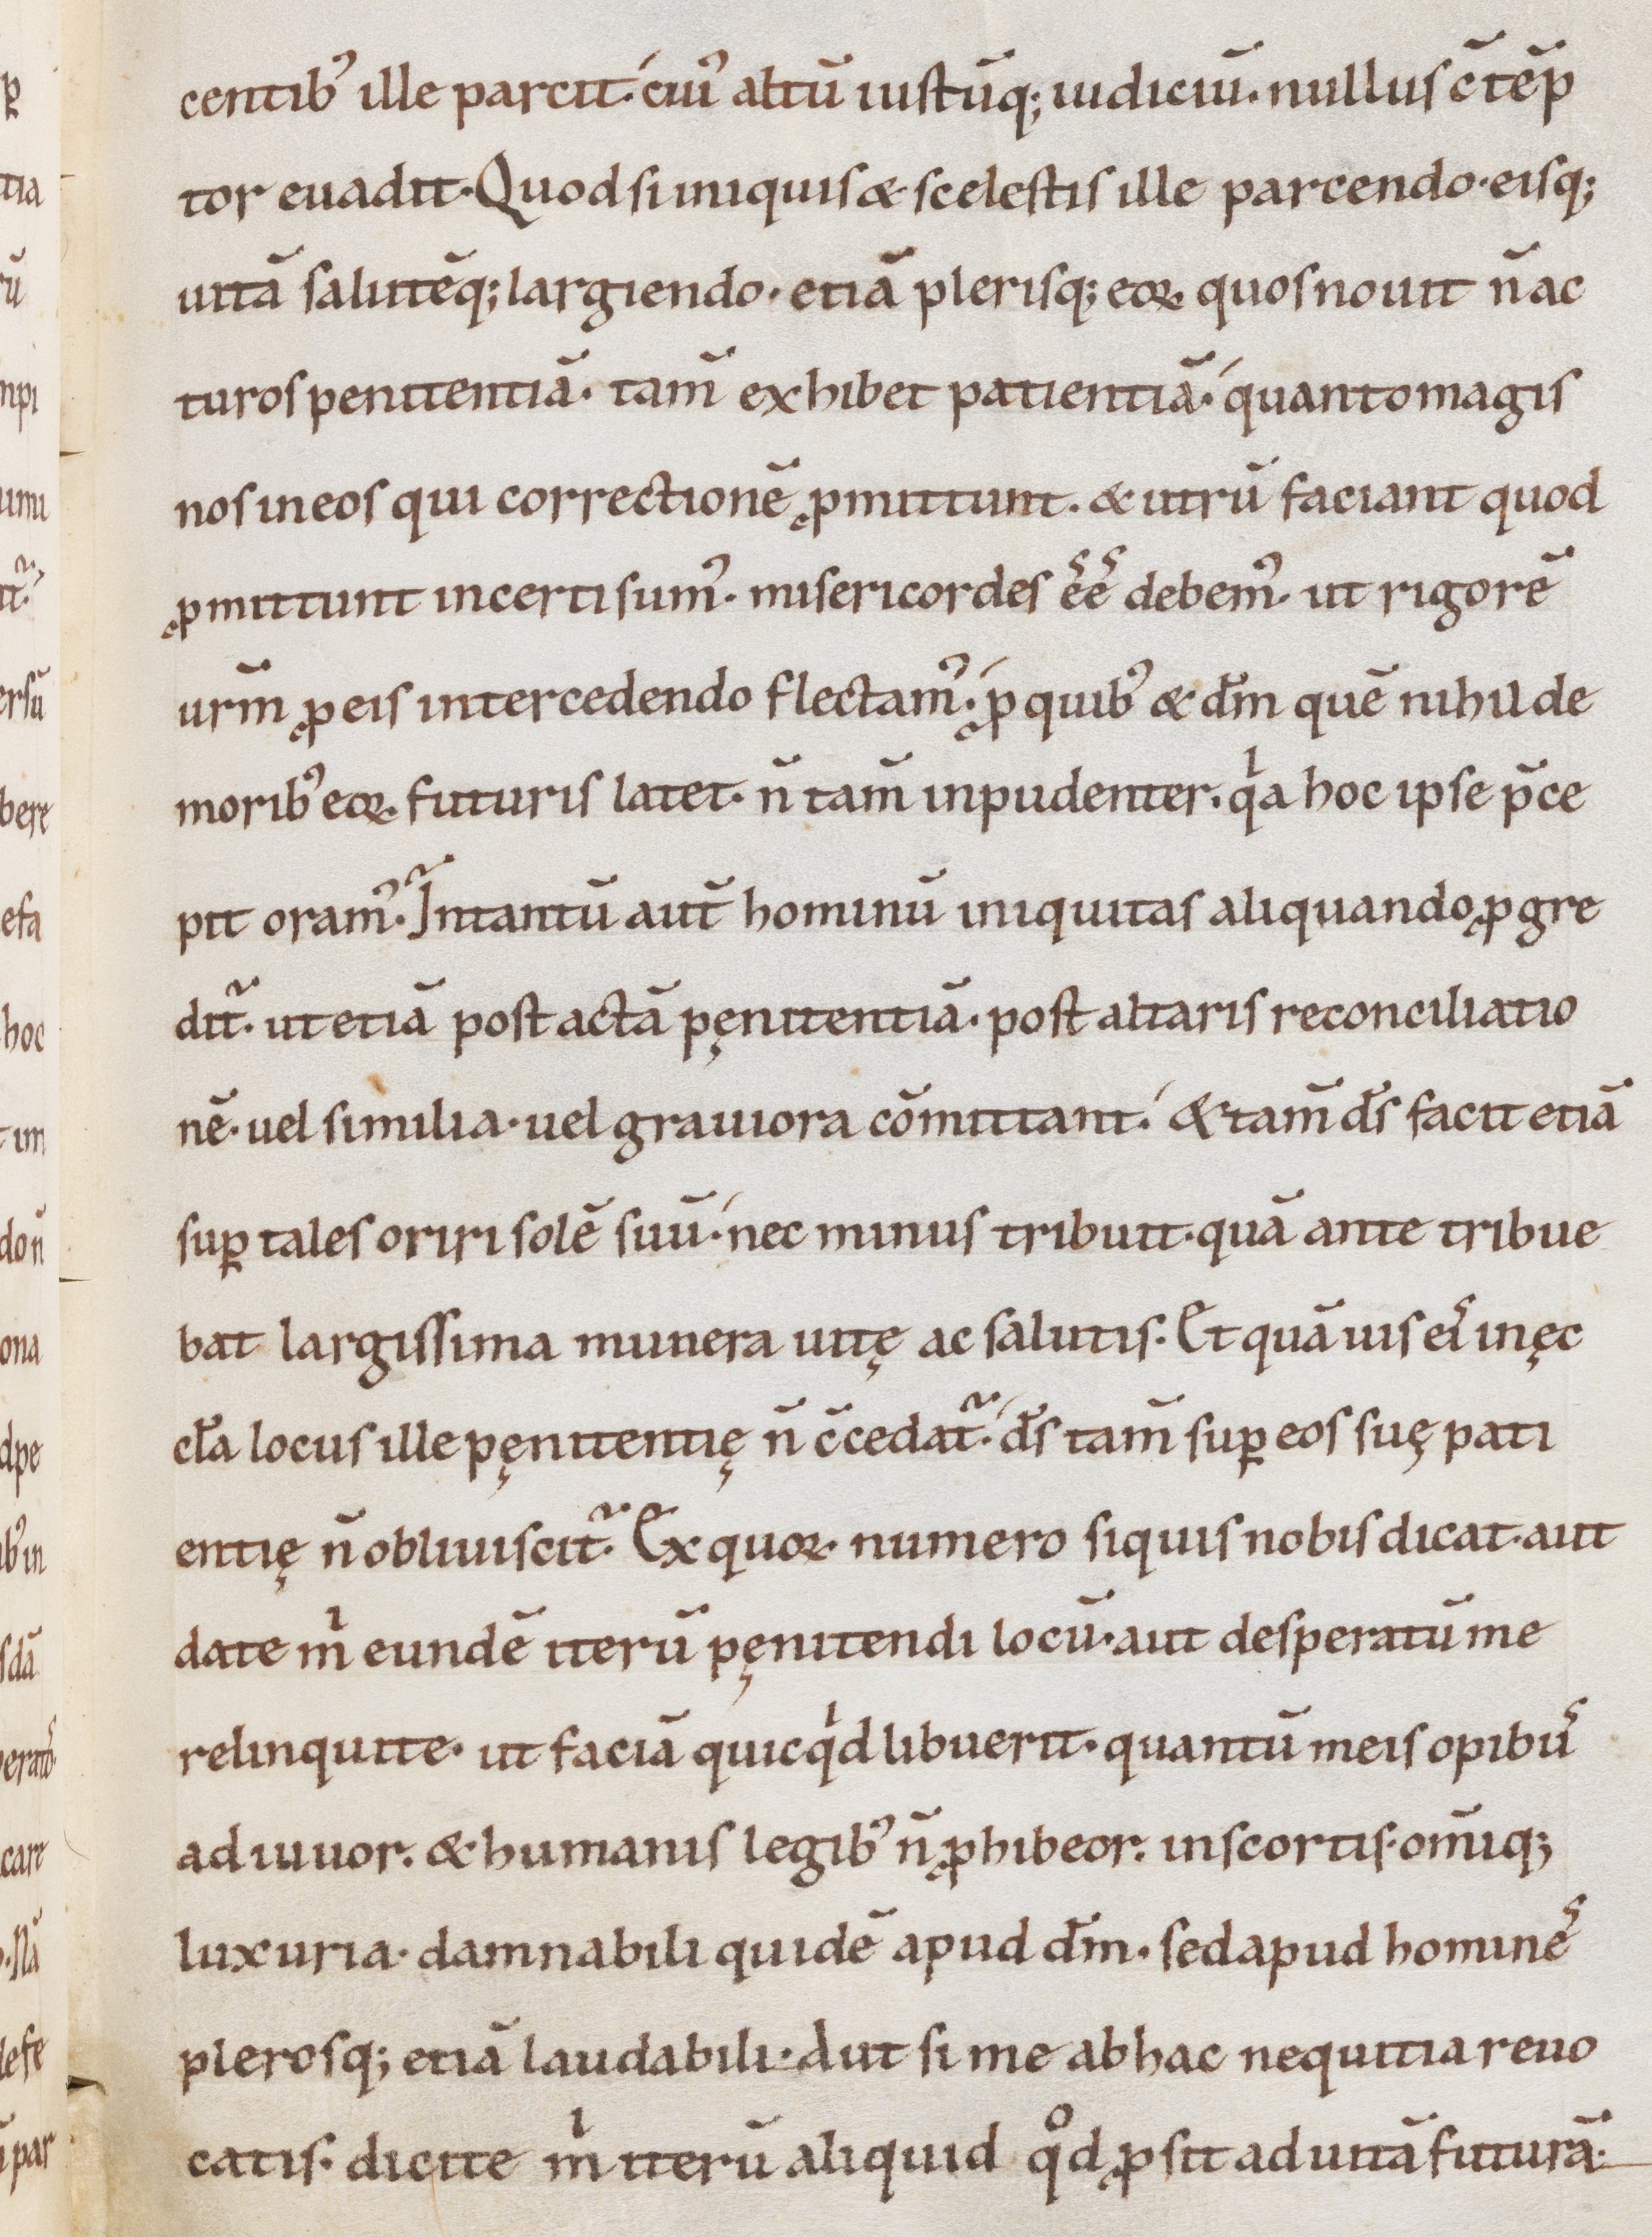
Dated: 1000–1099